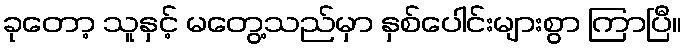
ခုတော့ သူနှင့် မတွေ့သည်မှာ နှစ်ပေါင်းများစွာ ကြာပြီ။